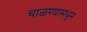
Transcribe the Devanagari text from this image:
चाळण्यामधून